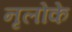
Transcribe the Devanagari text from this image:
नृलोके